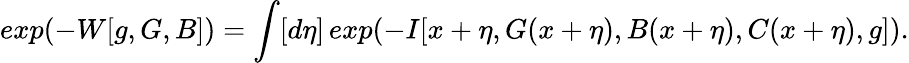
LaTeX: exp(-W[g,G,B])=\int[d\eta]\, exp(-I[x+\eta,G(x+\eta),B(x+\eta),C(x+\eta),g]).